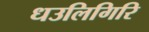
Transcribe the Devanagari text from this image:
धउलिगिरि